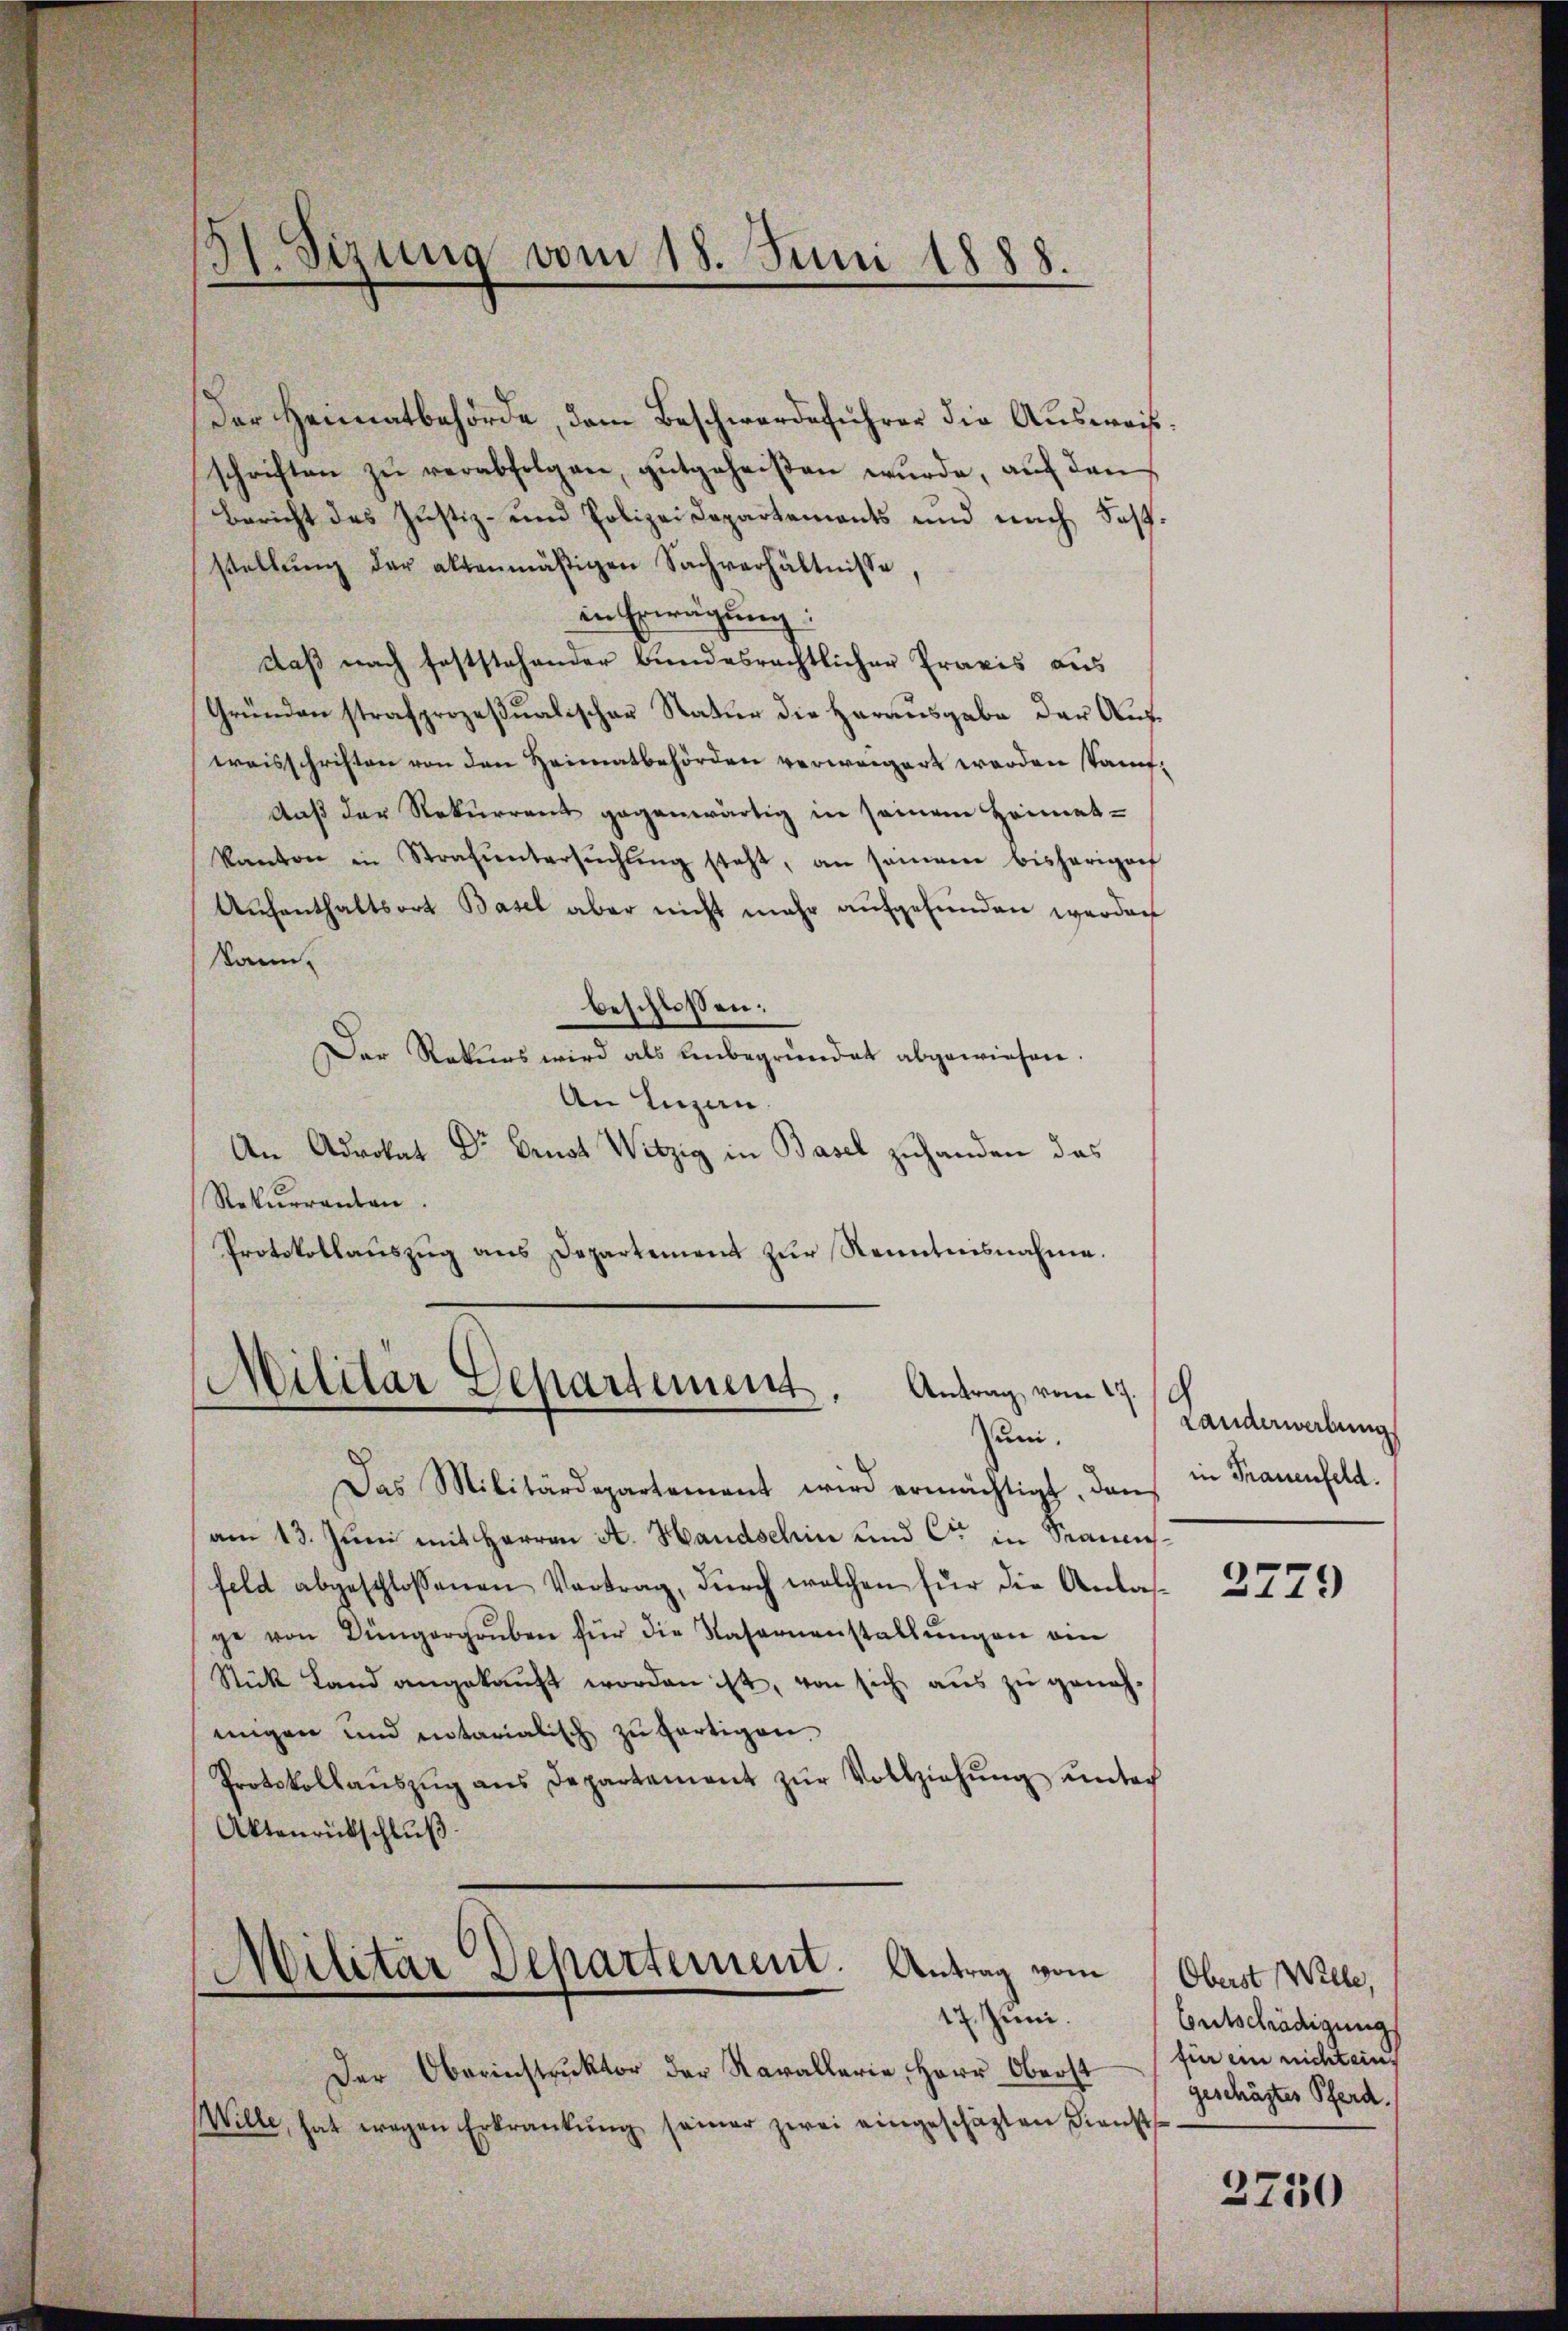
91. Sirung vom 18. Juni 1888.

Der Heimatbehörde, dem Beschwerdeführer die Ausweisschriften zu verabfolgen, gutgeheißen wurde, auf den
Bericht des Justiz- und Polizei Departements und nach Soffstellung der altenmäßigen Sachverhältnisse
in Erwägung:
daß nach feststehender Bundesrechtlicher Praxis aus
Gründen strafprozeßualischer Natur die Herausgabe der Aufweisschriften von den Heimatbehörden verweigert werden stauf¬
Auß der Rekurrent gegenwärtig in seinem Heimat-
kanton in Strafŭntersŭchŭng steht, an samen bisherigen
Aŭfenthaltsort Basel aber nicht mehr aufgefunden werden
kann.
beschlossen:
Der Rekurs wird als unbegründet abgewiesen.
An Luzan.
An Advokat Dr. Benot Witzig in Basel zuhanden das
Rekŭrrenten.
Protokollaŭszŭg ans Departement zŭr Kenntnisnahme.
Militär Departement,
Antrag vom 17. 19
Juni.
Das Militärdepartement wird ermächtigt. Dan
am 13. Juni mit Herrn A. Handschin und C. in Samenfeld abgeschlossenen Vertrag, durch welchen für die Anlasge von Düngergrŭben für die Nasarnenstallŭngen am
Stück Land angekaŭft worden ist, von sich aŭs zŭ geneh-
ungen und entarialisch zu fertigen.
Protokollaŭszŭg ans Departament zŭr Vollziehŭng ŭnter
Aktenrückschluß
t
Militar Departement. Antrag vom
17. Juni.
Der Oberinstrŭktor der Kavallerie, Herr Oberst
Wille, hat wegen Erkrankung seiner zwei eingeschäzten Dienst

Landerwerbung
in Frauenfeld.

2779

Oberst Wille,
Entschädigung
für ein nicht ein
geschäftes Pferd.

2750